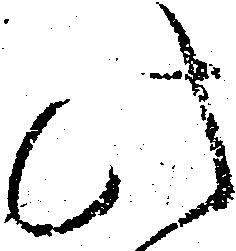
此